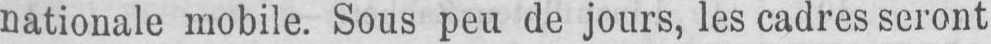
nationale mobile. Sous peu de jours, les cadres seront